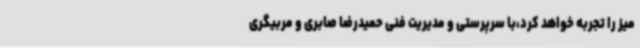
میز را تجربه خواهد کرد،با سرپرستی و مدیریت فنی حمیدرضا صابری و مربیگری